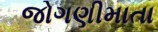
જોગણીમાતા